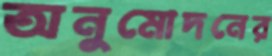
অনুমোদনের